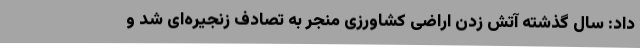
داد: سال گذشته آتش زدن اراضی کشاورزی منجر به تصادف زنجیره‌ای شد و